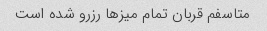
متاسفم قربان تمام میزها رزرو شده است